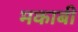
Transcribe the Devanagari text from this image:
मकाबी